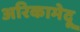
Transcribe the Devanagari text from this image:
अरिकामेदू